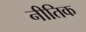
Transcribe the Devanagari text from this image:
नीतिक